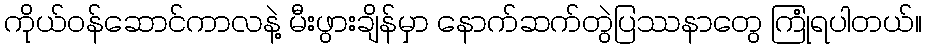
ကိုယ်ဝန်ဆောင်ကာလနဲ့ မီးဖွားချိန်မှာ နောက်ဆက်တွဲပြဿနာတွေ ကြုံရပါတယ်။